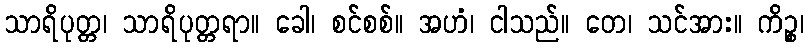
သာရိပုတ္တ၊ သာရိပုတ္တရာ။ ခေါ၊ စင်စစ်။ အဟံ၊ ငါသည်။ တေ၊ သင်အား။ ကိဉ္စ၊